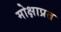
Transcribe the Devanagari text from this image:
मोक्षाप्रत